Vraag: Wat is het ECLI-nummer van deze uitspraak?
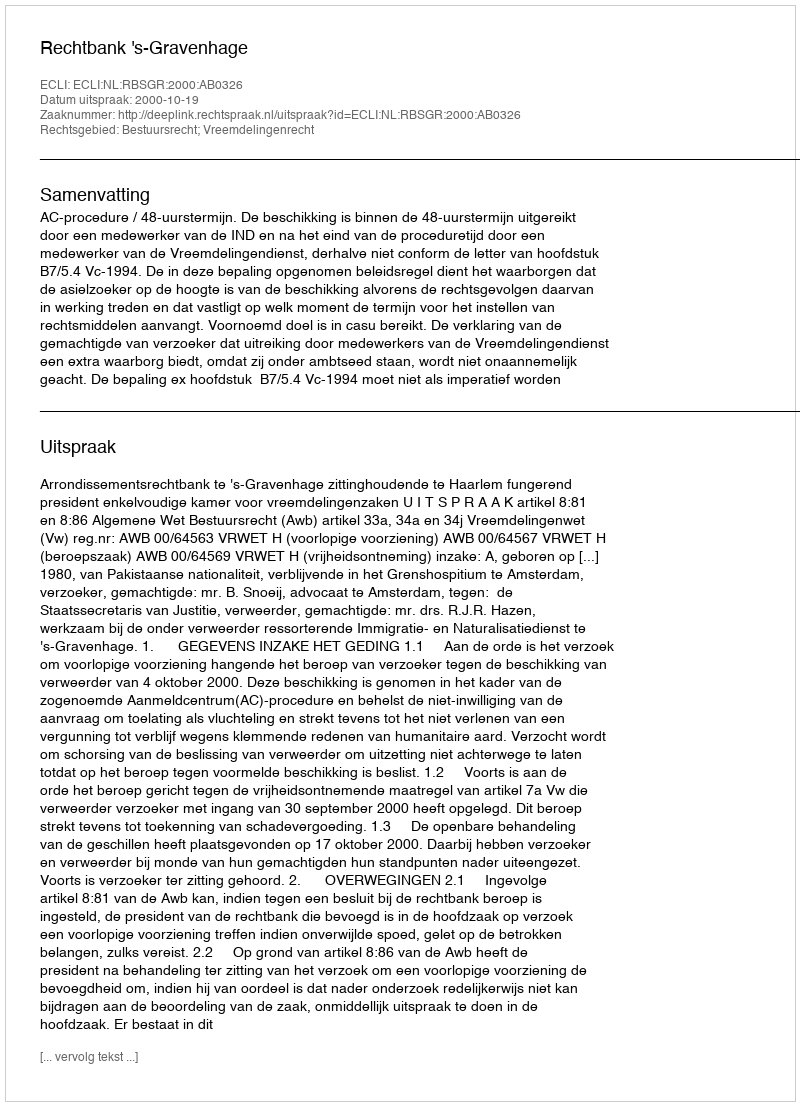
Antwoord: ECLI:NL:RBSGR:2000:AB0326